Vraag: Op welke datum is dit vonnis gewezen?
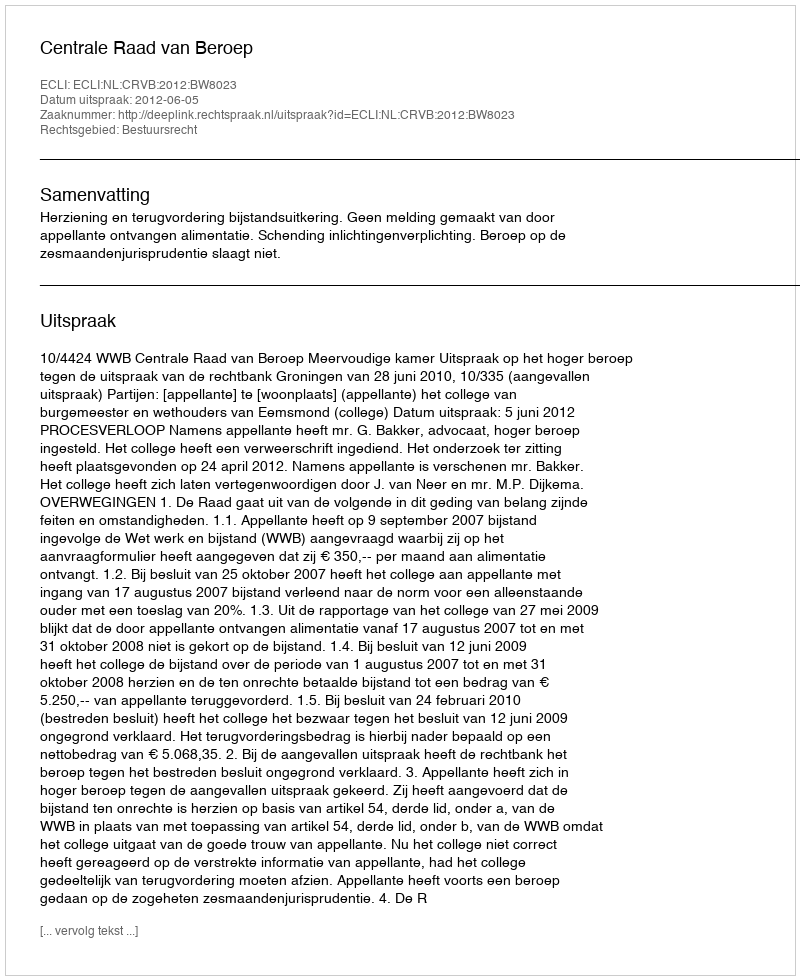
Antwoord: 2012-06-05